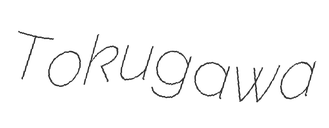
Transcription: Tokugawa